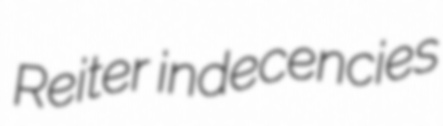
Reiter indecencies